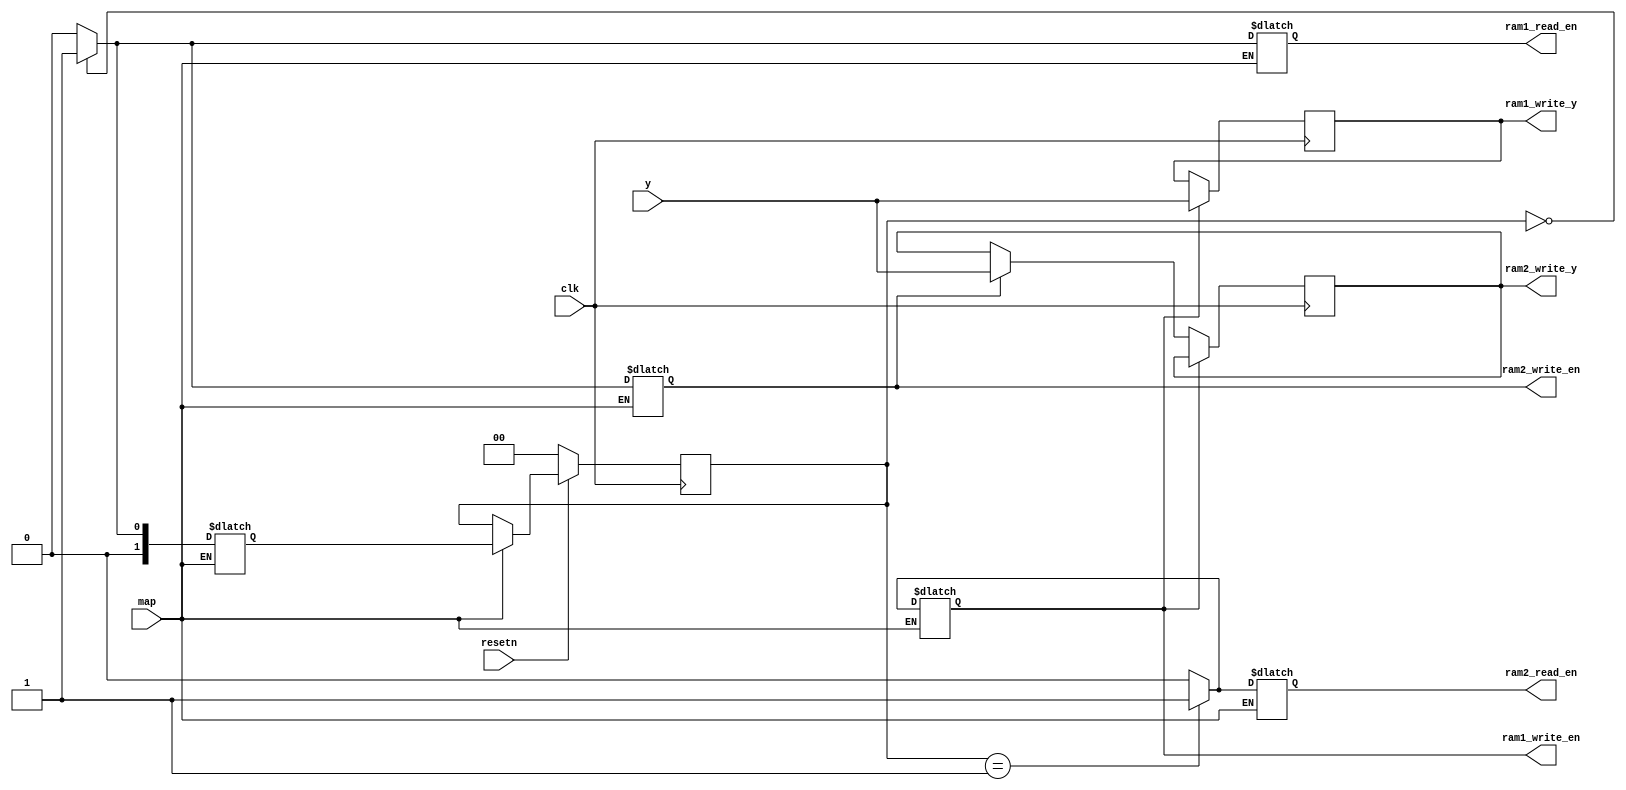
module double_buffering(clk, resetn,y,map,  ram1_write_en, ram1_read_en, ram1_write_y, ram2_write_en, ram2_read_en, ram2_write_y);

input clk, resetn,map;
input [7:0]y;
output reg ram1_write_en,  ram1_read_en, ram2_read_en, ram2_write_en;
output reg[7:0] ram1_write_y;
output reg[7:0] ram2_write_y;


parameter  WRITE_RAM2_READ_RAM1 = 2'b0,
			  WRITE_RAM1_READ_RAM2 = 2'b1;
			  
reg [1:0] current = WRITE_RAM2_READ_RAM1;
reg [1:0] next;


always@(posedge clk)
begin
if (ram1_write_en)  
ram1_write_y <= y;
else if (ram2_write_en)
ram2_write_y <= y;
end


always@(*)			  
	begin
	if(map)
	begin
	case(current)
	WRITE_RAM2_READ_RAM1 : next <= WRITE_RAM1_READ_RAM2;
	WRITE_RAM1_READ_RAM2 : next <= WRITE_RAM2_READ_RAM1;
	default: next <= WRITE_RAM2_READ_RAM1;
 
	endcase
	end
	end
	
always@(posedge clk)
if(!resetn) current <= WRITE_RAM2_READ_RAM1;
else if(map) current <= next;

always@(*)
if(map)
begin
ram1_write_en <= 1'b0;
ram2_write_en <= 1'b0;
ram1_read_en <= 1'b0;
ram2_read_en <= 1'b0;


case(current)
WRITE_RAM2_READ_RAM1:
begin
ram2_write_en <= 1'b1;
ram1_read_en <= 1'b1;
end

WRITE_RAM1_READ_RAM2:
begin
ram1_write_en <= 1'b1;
ram2_read_en <= 1'b1;
end
endcase
end

endmodule